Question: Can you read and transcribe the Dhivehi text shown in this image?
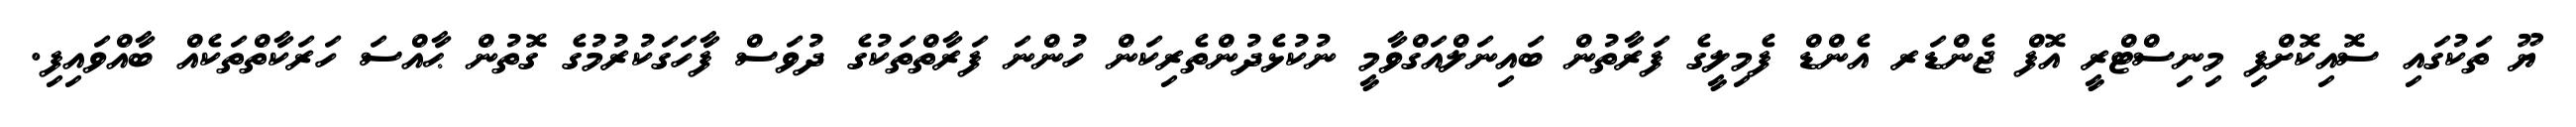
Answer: ޔޫ ތަކުގައި ސޮއިކޮށްފި މިނިސްޓްރީ އޮފް ޖެންޑަރ އެންޑް ފެމިލީގެ ފަރާތުން ބައިނަލްއަގްވާމީ ނުކުޅެދުންތެރިކަން ހުންނަ ފަރާތްތަކުގެ ދުވަސް ފާހަގަކުރުމުގެ ގޮތުން ޙާއްސަ ހަރަކާތްތަކެއް ބާއްވައިފި.